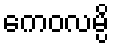
ကေဝလမ္ပိ